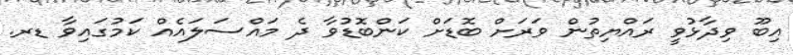
އިބޫ ވިދާޅުވީ ރައްޔިތުން ވަރަށް ބޮޑަށް ކަންބޮޑުވާ ދެ މައްސަލައެއް ކަމުގައިވާ ޑރ.